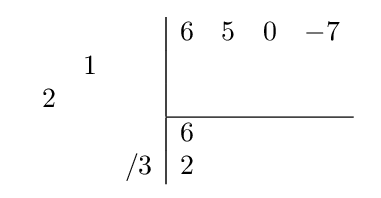
{\begin{array}{cc}{\begin{array}{rrr}\\&1&\\2&&\\\\&&/3\\\end{array}}{\begin{array}{|rrrr}6&5&0&-7\\&&&\\&&&\\\hline 6&&&\\2&&&\\\end{array}}\end{array}}